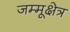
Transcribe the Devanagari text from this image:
जम्मूक्षेत्र